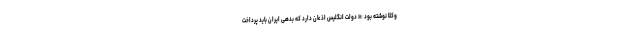
وکلا نوشته بود :« دولت انگلیس اذعان دارد که بدهی ایران باید پرداخت